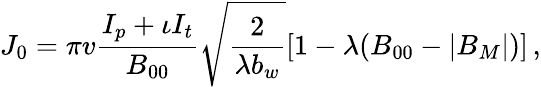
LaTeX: J_{0}=\pi v\frac{I_{p}+\iota I_{t}}{B_{00}}\sqrt{\frac{2}{\lambda b_{w}}}[1-\lambda(B_{00}-|B_{M}|)]\, ,